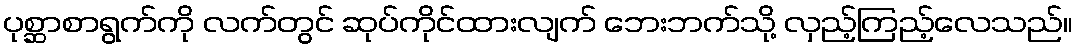
ပုစ္ဆာစာရွက်ကို လက်တွင် ဆုပ်ကိုင်ထားလျက် ဘေးဘက်သို့ လှည့်ကြည့်လေသည်။